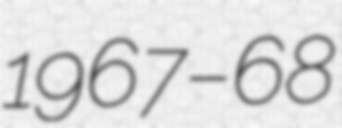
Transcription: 1967–68